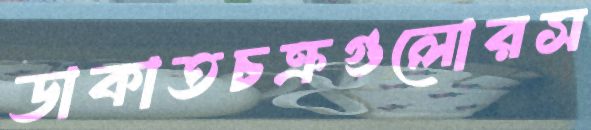
ডাকাতচক্রগুলোরস